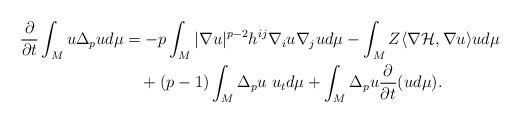
LaTeX: \begin{align*}\frac{\partial} {\partial t} \int_M u \Delta_p u d\mu &= -p \int_M |\nabla u|^{p-2} h^{ij} \nabla_i u \nabla_j u d\mu - \int_M Z \langle \nabla \mathcal{H} , \nabla u \rangle u d\mu \\ \displaystyle& \ \ \ + (p-1) \int_M \Delta_p u \ u_t d\mu + \int_M \Delta_p u \frac{\partial} {\partial t} (u d\mu). \end{align*}